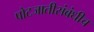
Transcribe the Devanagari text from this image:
पोटजातीसंबंधीच